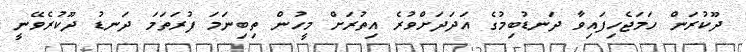
ދޫކުރަން ހަމަޖެހިފައިވާ ދަނޑުބިމުގެ އަދަދަށްވުރެ އިތުރަށް މީހުން ތިބިނަމަ ފުރަތަމަ ދަނޑު ދޫކުރެވޭނީ